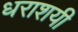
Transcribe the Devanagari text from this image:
धराशयी